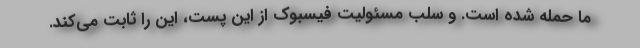
ما حمله شده است. و سلب مسئولیت فیسبوک از این پست، این را ثابت می‌کند.